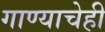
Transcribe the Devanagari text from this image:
गाण्याचेही